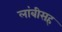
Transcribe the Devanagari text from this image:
लांबीसह